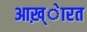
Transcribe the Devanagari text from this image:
आख़्ेारत